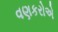
વણકરોએ